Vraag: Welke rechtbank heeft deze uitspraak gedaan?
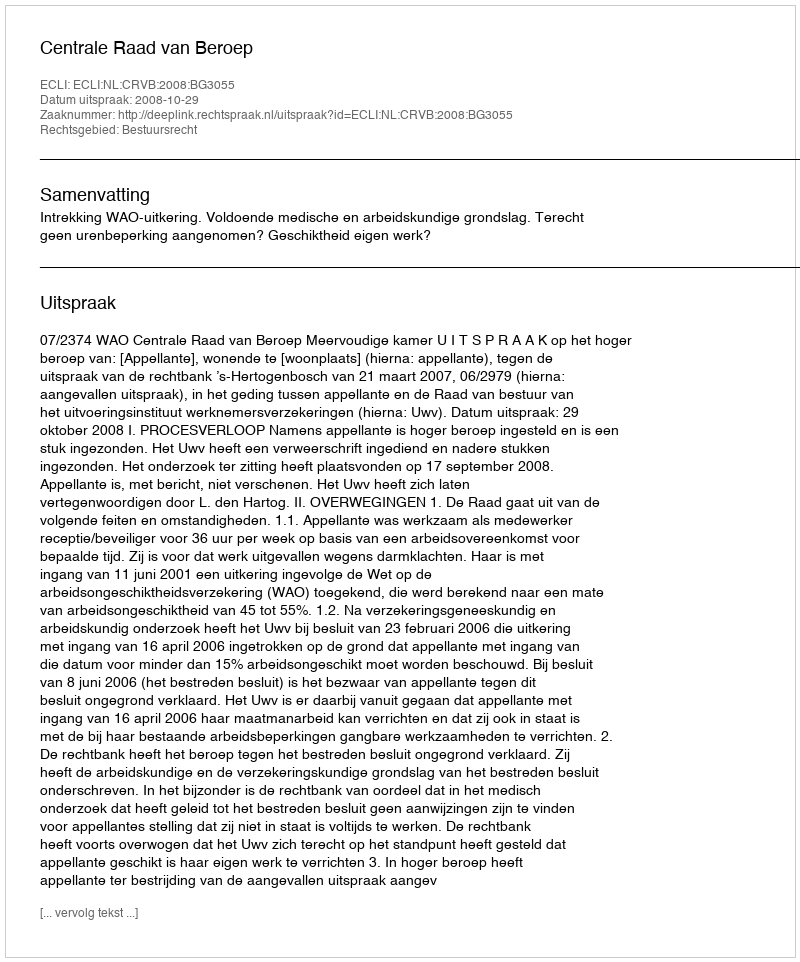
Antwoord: Centrale Raad van Beroep